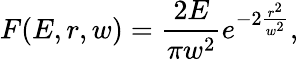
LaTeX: F(E,r,w)=\frac{2E}{\pi w^{2}}e^{{-2}{\frac{r^{2}}{w^{2}}}},